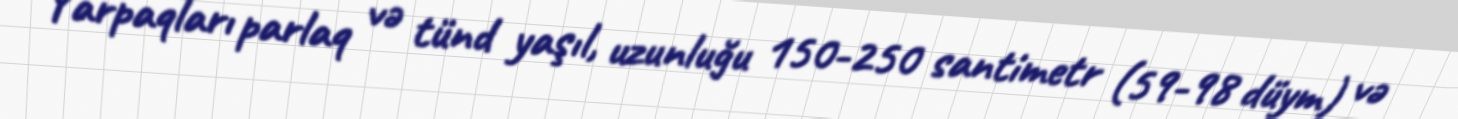
Yarpaqları parlaq və tünd yaşıl, uzunluğu 150-250 santimetr (59-98 düym) və